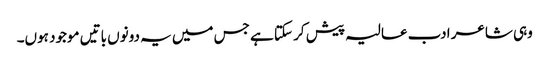
وہی شاعر ادب عالیہ پیش کر سکتا ہے جس میں یہ دونوں باتیں موجود ہوں۔